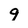
Character: 9